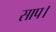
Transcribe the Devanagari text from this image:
साप।